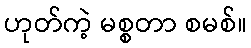
ဟုတ်ကဲ့ မစ္စတာ စမစ်။